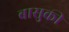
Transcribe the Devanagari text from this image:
बासुकी